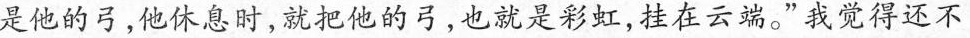
是他的弓，他休息时，就把他的弓，也就是彩虹，挂在云端。”我觉得还不